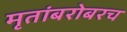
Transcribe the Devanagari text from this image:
मृतांबरोबरच